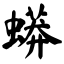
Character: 蟒